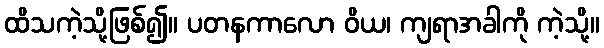
ထိသကဲ့သို့ဖြစ်၍။ ပတနကာလော ဝိယ၊ ကျရာအခါကို ကဲ့သို့။